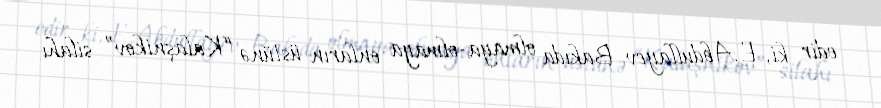
edir ki, E.Abdullayev Bakıda olmaya-olmaya onların üstünə “Kalaşnikov” silahı